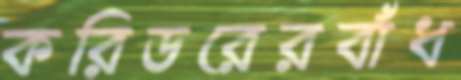
করিডরেরবাঁধ